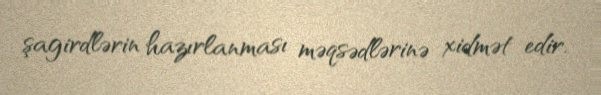
şagirdlərin hazırlanması məqsədlərinə xidmət edir.